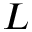
L